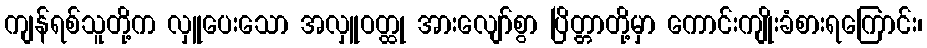
ကျန်ရစ်သူတို့က လှူပေးသော အလှူဝတ္ထု အားလျော်စွာ ပြိတ္တာတို့မှာ ကောင်းကျိုးခံစားရကြောင်း၊